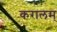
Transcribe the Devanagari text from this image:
करालम्